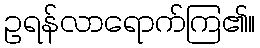
ဥရန်လာရောက်ကြ၏။